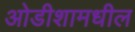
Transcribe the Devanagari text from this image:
ओडीशामधील